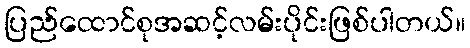
ပြည်ထောင်စုအဆင့်လမ်းပိုင်းဖြစ်ပါတယ်။